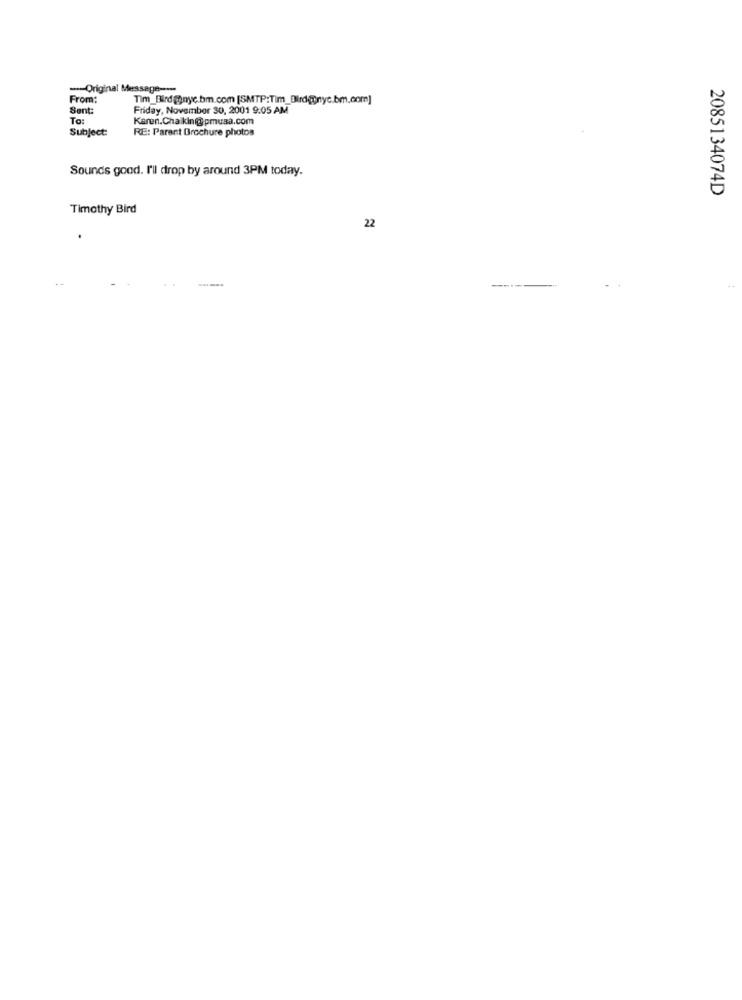
-- Original Message ---
From:
Tim_Bird@nyc.bm.com [SMTP:Tim_Dird@nyc.bm.com]
Sent:
Friday, November 30, 2001 9:05 AM
To:
Karen.Chaikin@pmusa.com
Subject:
RE: Parent Brochure photos
Sounds good. I'll drop by around 3PM today.
2085134074D
Timothy Bird
22
--